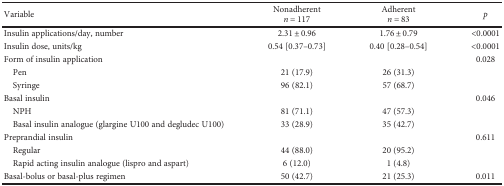
| Variable | Nonadherentn = 117 | Adherentn = 83 | p |
 | --- | --- | --- | --- |
 | Insulin applications/day, number | 2.31 ± 0.96 | 1.76 ± 0.79 | <0.0001 |
 | Insulin dose, units/kg | 0.54 [0.37–0.73] | 0.40 [0.28–0.54] | <0.0001 |
 | Form of insulin application |  |  | 0.028 |
 | Pen | 21 (17.9) | 26 (31.3) |  |
 | Syringe | 96 (82.1) | 57 (68.7) |  |
 | Basal insulin |  |  | 0.046 |
 | NPH | 81 (71.1) | 47 (57.3) |  |
 | Basal insulin analogue (glargine U100 and degludec U100) | 33 (28.9) | 35 (42.7) |  |
 | Preprandial insulin |  |  | 0.611 |
 | Regular | 44 (88.0) | 20 (95.2) |  |
 | Rapid acting insulin analogue (lispro and aspart) | 6 (12.0) | 1 (4.8) |  |
 | Basal-bolus or basal-plus regimen | 50 (42.7) | 21 (25.3) | 0.011 |